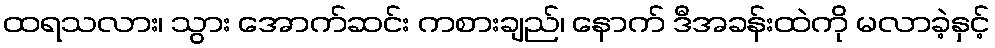
ထရသလား၊ သွား အောက်ဆင်း ကစားချည်၊ နောက် ဒီအခန်းထဲကို မလာခဲ့နှင့်